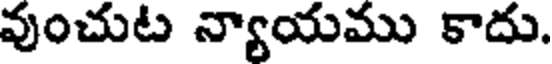
వుంచుట న్యాయము కాదు.